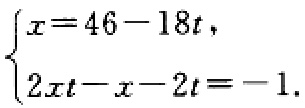
$\begin{cases}x = 46 - 18t,\\2xt - x - 2t = -1.\end{cases}$